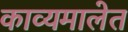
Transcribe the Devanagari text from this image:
काव्यमालेत